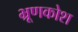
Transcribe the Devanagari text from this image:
भ्रूणकोश